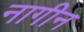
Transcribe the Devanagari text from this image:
नागीन